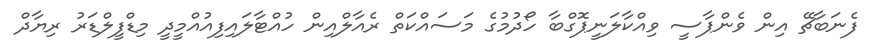
ފެނަބާޗޭ އިން ވެންޕާސީ ވިއްކާލަނީޕޮގްބާ ހޯދުމުގެ މަސައްކަތް ރެއާލްއިން ހުއްޓާލައިފިއުއްމީދީ މިޑްފީލްޑަރު ރިޔާދް